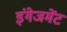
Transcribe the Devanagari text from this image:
इंगेजमेंट